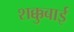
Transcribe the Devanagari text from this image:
शक्कुबाई